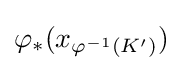
\varphi _{*}(x_{\varphi ^{-1}(K')})